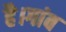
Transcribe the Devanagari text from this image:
है।गांव